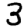
Digit: 3